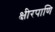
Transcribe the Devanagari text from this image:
क्षीरपाणि